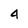
Character: 4